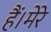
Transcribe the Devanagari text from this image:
हैं।मेरे